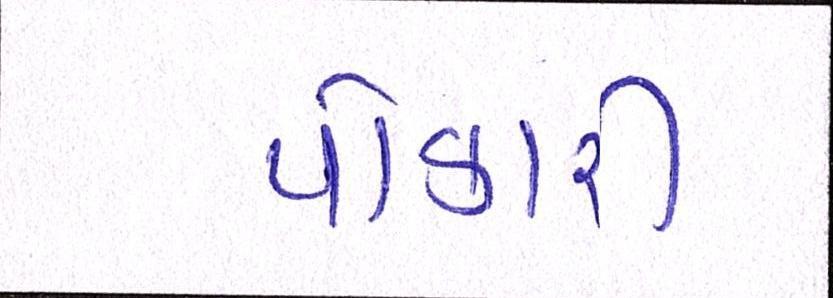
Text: પોકારી